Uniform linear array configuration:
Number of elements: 4
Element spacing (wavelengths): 0.25
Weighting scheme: hamming
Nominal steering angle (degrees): -45
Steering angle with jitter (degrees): -46.331
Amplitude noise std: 0.05
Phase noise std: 0.05

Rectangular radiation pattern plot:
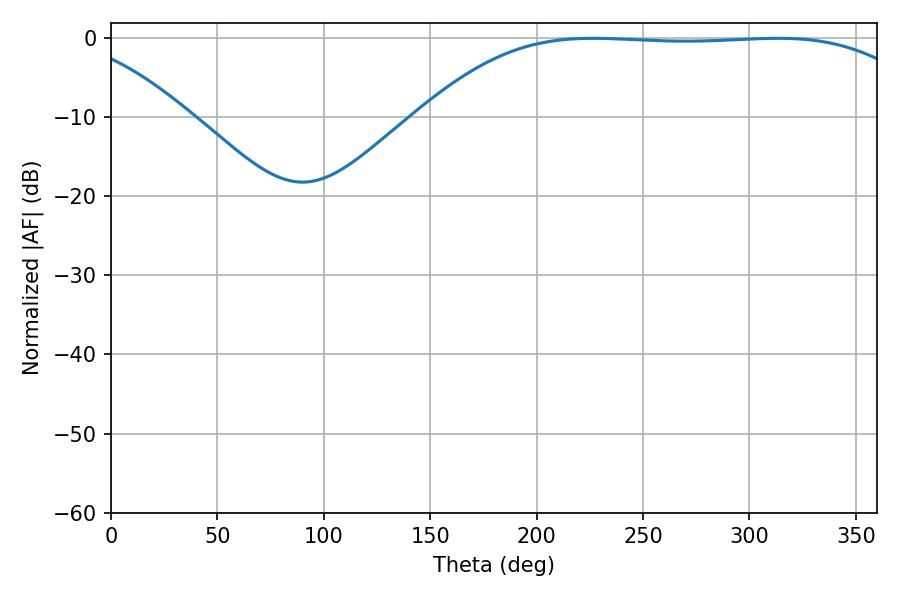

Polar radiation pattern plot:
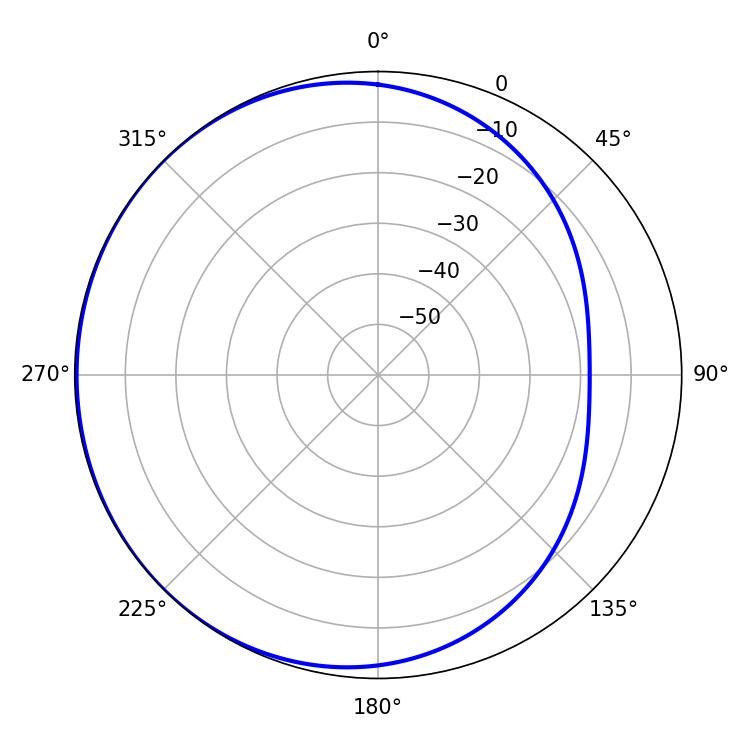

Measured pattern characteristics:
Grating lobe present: FALSE
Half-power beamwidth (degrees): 183.06
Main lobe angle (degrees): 226.62